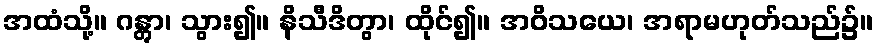
အထံသို့။ ဂန္တွာ၊ သွား၍။ နိသီဒိတွာ၊ ထိုင်၍။ အဝိသယေ၊ အရာမဟုတ်သည်၌။